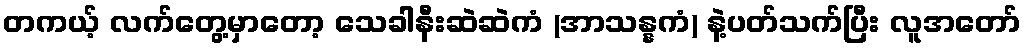
တကယ့် လက်တွေ့မှာတော့ သေခါနီးဆဲဆဲကံ (အာသန္နကံ) နဲ့ပတ်သက်ပြီး လူအတော်